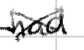
Text: had
Cross-out: cross
Writing tool: digital_black